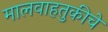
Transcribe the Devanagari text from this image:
मालवाहतुकीचे